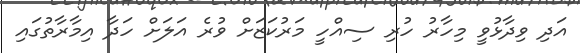
އަދި ވިދާޅުވީ މިހާރު ހުރި ސިއްހީ މަރުކަޒަށް ވުރެ އަލަށް ހަދާ އިމާރާތުގައި